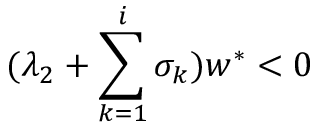
( \lambda _ { 2 } + \sum _ { k = 1 } ^ { i } \sigma _ { k } ) w ^ { \ast } < 0